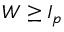
W \geq I _ { p }